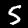
Label: 5